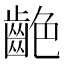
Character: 𪗼